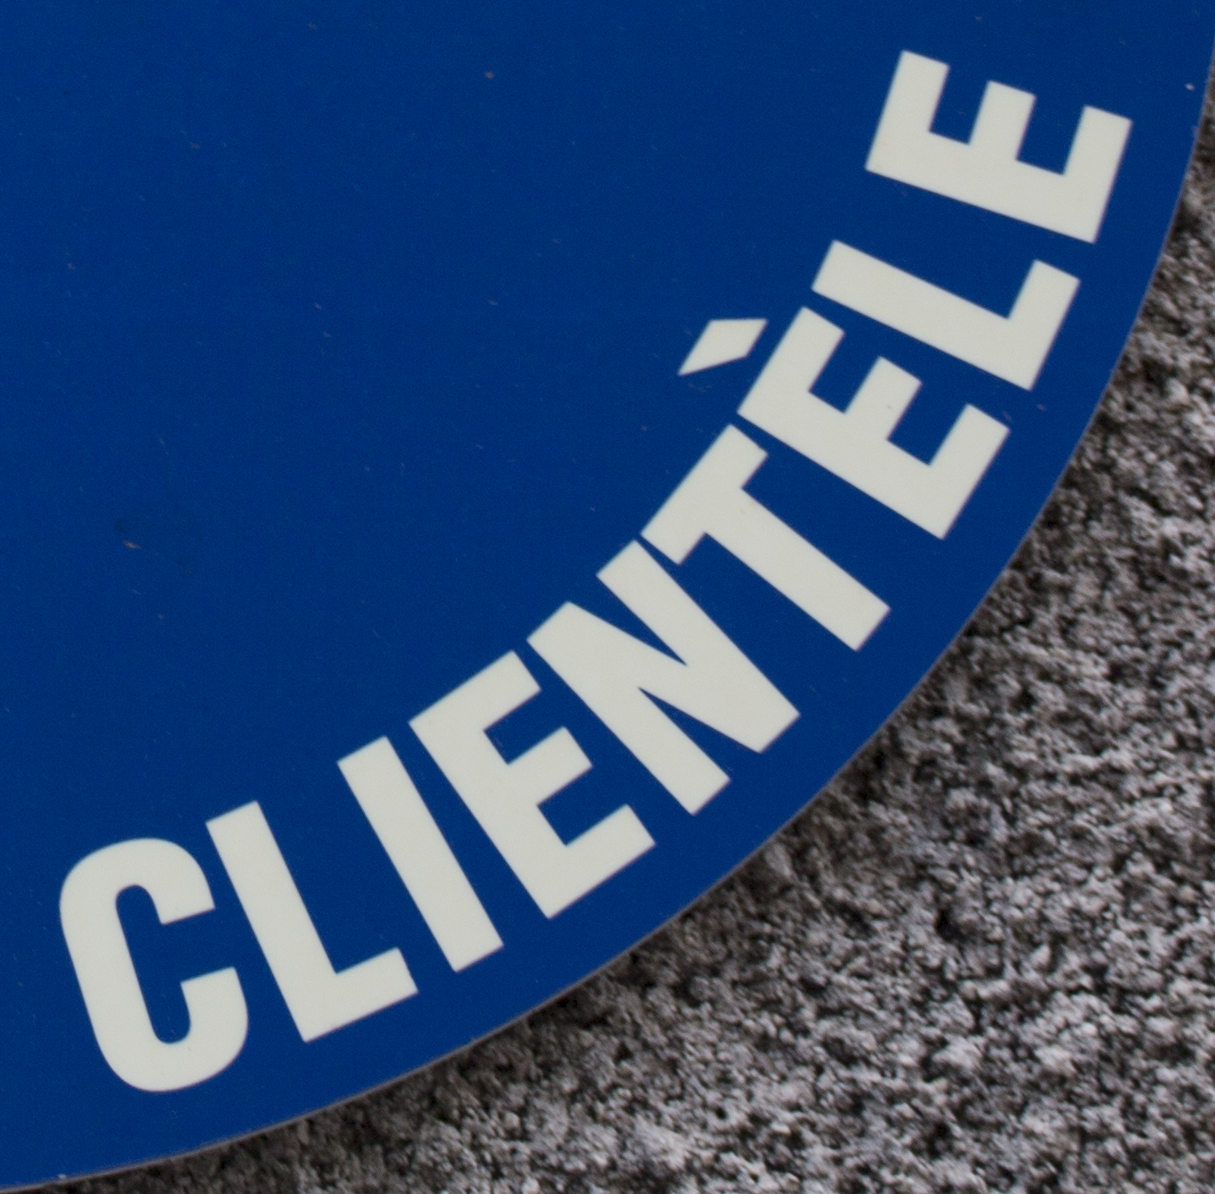
CLIENTELE